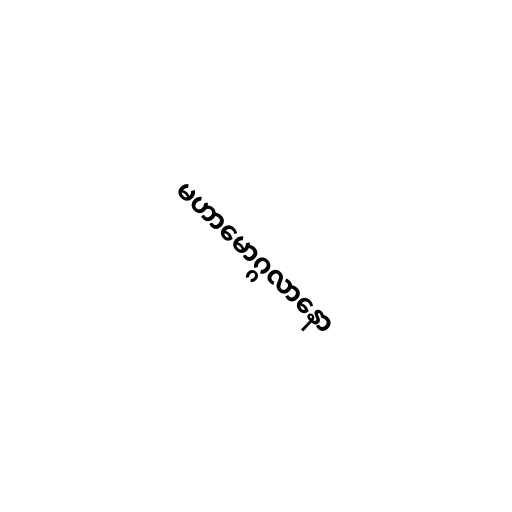
မဟာမောဂ္ဂလာနော